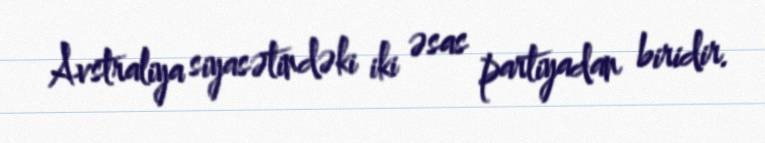
Avstraliya siyasətindəki iki əsas partiyadan biridir.